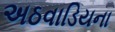
અઠવાડિયના